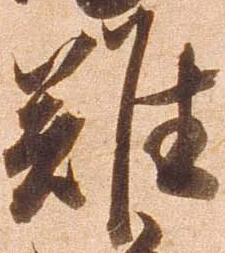
難